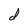
Character: d